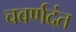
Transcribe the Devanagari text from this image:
चवर्णदंत